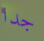
جدا